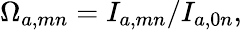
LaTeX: \Omega_{a,mn}=I_{a,mn}/I_{a,0n},